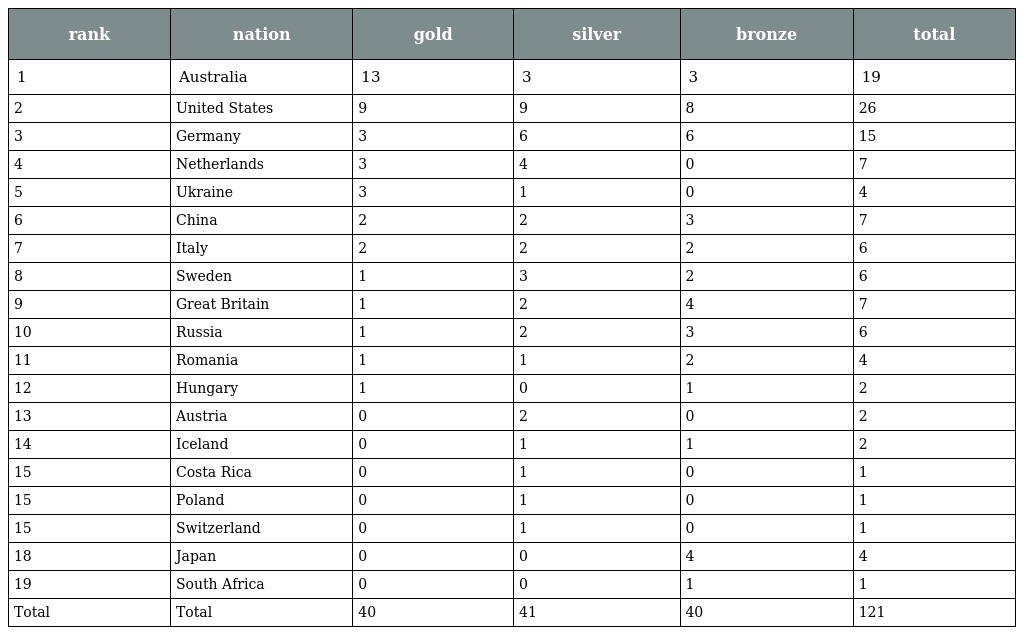
| rank | nation | gold | silver | bronze | total |
 | --- | --- | --- | --- | --- | --- |
 | 1 | Australia | 13 | 3 | 3 | 19 |
 | 2 | United States | 9 | 9 | 8 | 26 |
 | 3 | Germany | 3 | 6 | 6 | 15 |
 | 4 | Netherlands | 3 | 4 | 0 | 7 |
 | 5 | Ukraine | 3 | 1 | 0 | 4 |
 | 6 | China | 2 | 2 | 3 | 7 |
 | 7 | Italy | 2 | 2 | 2 | 6 |
 | 8 | Sweden | 1 | 3 | 2 | 6 |
 | 9 | Great Britain | 1 | 2 | 4 | 7 |
 | 10 | Russia | 1 | 2 | 3 | 6 |
 | 11 | Romania | 1 | 1 | 2 | 4 |
 | 12 | Hungary | 1 | 0 | 1 | 2 |
 | 13 | Austria | 0 | 2 | 0 | 2 |
 | 14 | Iceland | 0 | 1 | 1 | 2 |
 | 15 | Costa Rica | 0 | 1 | 0 | 1 |
 | 15 | Poland | 0 | 1 | 0 | 1 |
 | 15 | Switzerland | 0 | 1 | 0 | 1 |
 | 18 | Japan | 0 | 0 | 4 | 4 |
 | 19 | South Africa | 0 | 0 | 1 | 1 |
 | Total | Total | 40 | 41 | 40 | 121 |